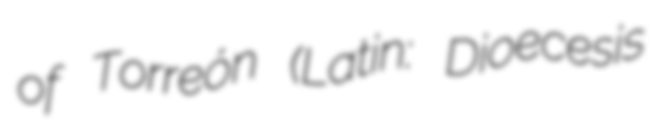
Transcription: of Torreón (Latin: Dioecesis